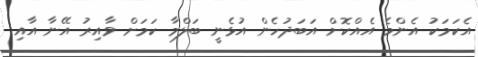
އެކަމަކު އެންމެ އެއްކޮށް އަބަދުހެން އުޅެނީ ބަލްމާ ކަމަށް ވާއިރު އޭނާ އާއި